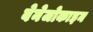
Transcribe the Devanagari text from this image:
बेनेजोकाइन